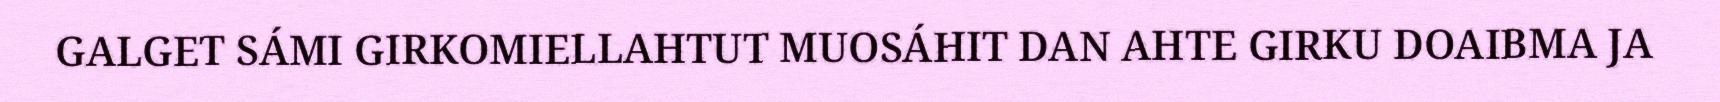
GALGET SÁMI GIRKOMIELLAHTUT MUOSÁHIT DAN AHTE GIRKU DOAIBMA JA